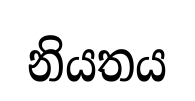
නියතය